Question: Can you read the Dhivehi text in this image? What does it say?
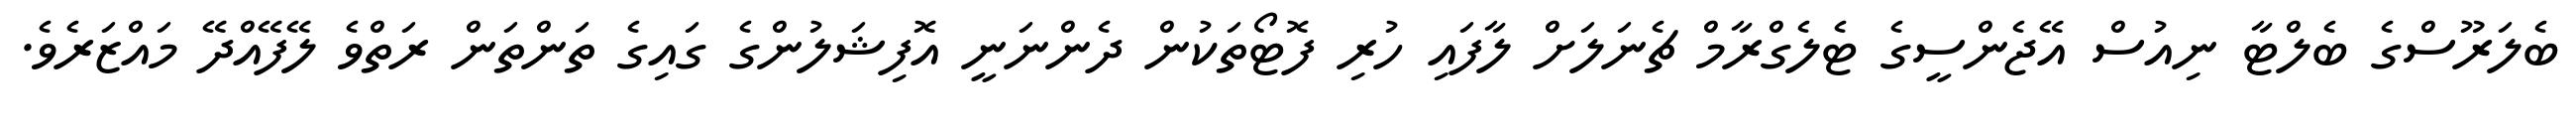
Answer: ބެލަރޫސްގެ ބެލްޓާ ނިއުސް އޭޖެންސީގެ ޓެލެގްރާމް ޗެނަލަށް ލާފައި ހުރި ފޮޓޯތަކުން ދެންނަނީ އޮފިޝަލުންގެ ގައިގެ ތަންތަން ރަތްވެ ލޭފޭއްދޭ މައްޒަރެވެ.